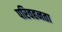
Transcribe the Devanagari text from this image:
परिवहनता